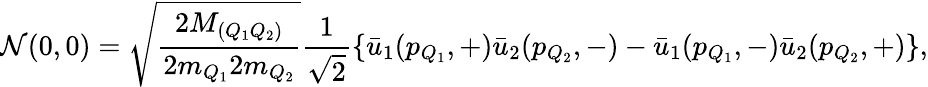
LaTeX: \displaystyle{\cal N}(0,0)=\sqrt{\frac{2M_{(Q_{1}Q_{2})}}{2m_{Q_{1}}2m_{Q_{2}}}}\frac{1}{\sqrt{2}}\{ \bar{u}_{1}(p_{Q_{1}},+)\bar{u}_{2}(p_{Q_{2}},-)-\bar{u}_{1}(p_{Q_{1}},-)\bar{u}_{2}(p_{Q_{2}},+)\} ,